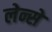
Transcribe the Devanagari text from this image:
लेन्से